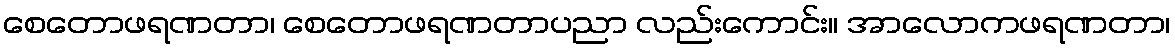
စေတောဖရဏတာ၊ စေတောဖရဏတာပညာ လည်းကောင်း။ အာလောကဖရဏတာ၊